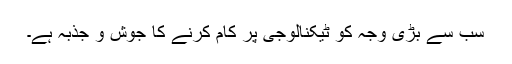
سب سے بڑی وجہ کو ٹیکنالوجی پر کام کرنے کا جوش و جذبہ ہے۔